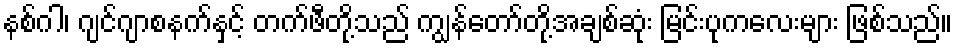
နစ်ဂါ၊ ဂျင်ဂျာစနက်နှင့် တက်ဖီတို့သည် ကျွန်တော်တို့အချစ်ဆုံး မြင်းပုကလေးများ ဖြစ်သည်။